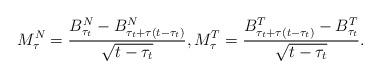
LaTeX: \begin{align*}& M^N_\tau=\frac{B^N_{\tau_t}-B^N_{\tau_t+\tau(t-\tau_t)}}{\sqrt{t-\tau_t}},M^T_\tau=\frac{B^T_{\tau_t+\tau(t-\tau_t)}-B^T_{\tau_t}}{\sqrt{t-\tau_t}}.\end{align*}